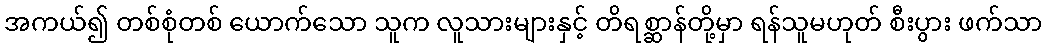
အကယ်၍ တစ်စုံတစ် ယောက်သော သူက လူသားများနှင့် တိရစ္ဆာန်တို့မှာ ရန်သူမဟုတ် စီးပွား ဖက်သာ